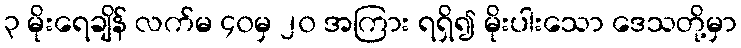
၃ မိုးရေချိန် လက်မ ၄၀မှ ၂၀ အကြား ရရှိ၍ မိုးပါးသော ဒေသတို့မှာ